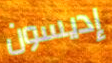
إديسون